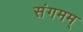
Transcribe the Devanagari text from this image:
संगमम्